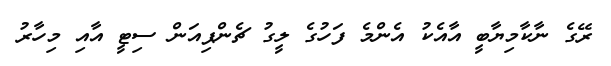
ރޭގެ ނާކާމިޔާބީ އާއެކު އެންމެ ފަހުގެ ލީގު ޗެންޕިއަން ސިޓީ އާއި މިހާރު